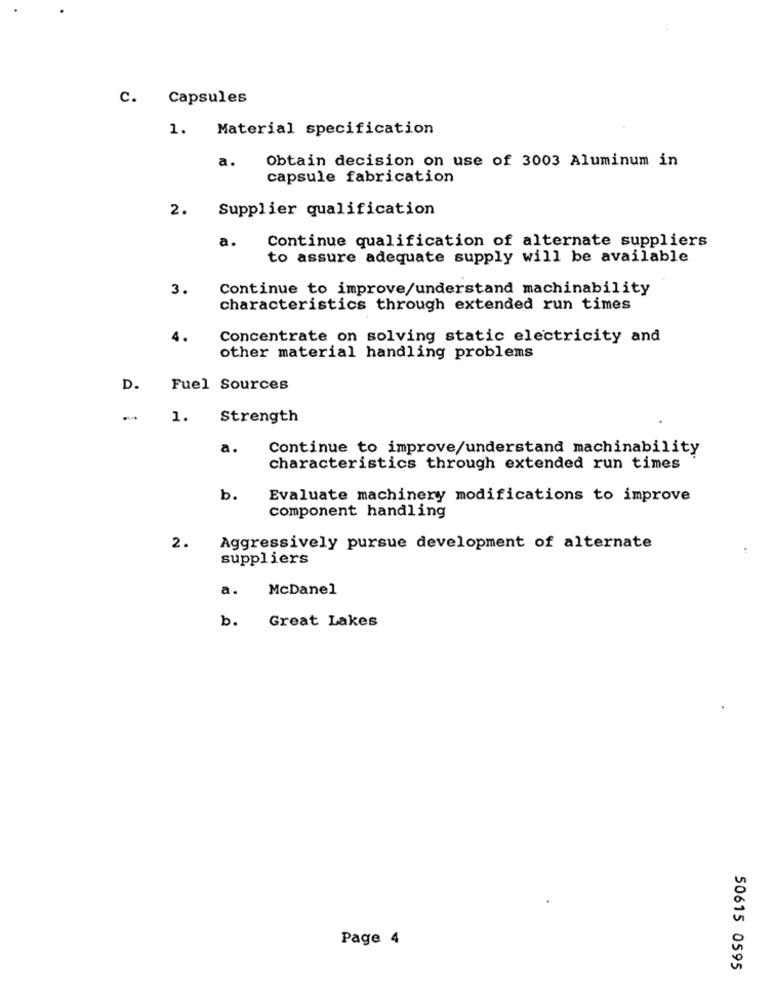
C.
Capsules
1. Material specification
a.
Obtain decision on use of 3003 Aluminum in
capsule fabrication
2. Supplier qualification
a.
Continue qualification of alternate suppliers
to assure adequate supply will be available
3.
Continue to improve/understand machinability
characteristics through extended run times
4.
Concentrate on solving static electricity and
other material handling problems
D. Fuel Sources
-
1.
Strength
a.
Continue to improve/understand machinability
characteristics through extended run times
b.
Evaluate machinery modifications to improve
component handling
2.
Aggressively pursue development of alternate
suppliers
a.
McDanel
Great Lakes
b.
Page 4
50615 0595